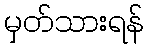
မှတ်သားရန်